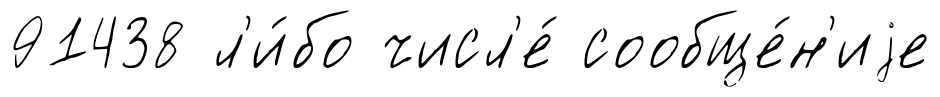
91438 л'и́бо числ'е́ сообще́н'иjе